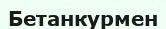
Бетанкурмен